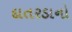
દાતરડાનો